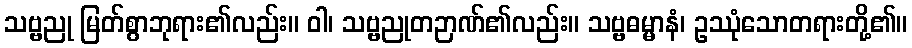
သဗ္ဗညု မြတ်စွာဘုရား၏လည်း။ ဝါ၊ သဗ္ဗညုတဉာဏ်၏လည်း။ သဗ္ဗဓမ္မာနံ၊ ဥဿုံသောတရားတို့၏။